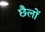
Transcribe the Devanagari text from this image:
छैलों